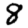
Digit: 8